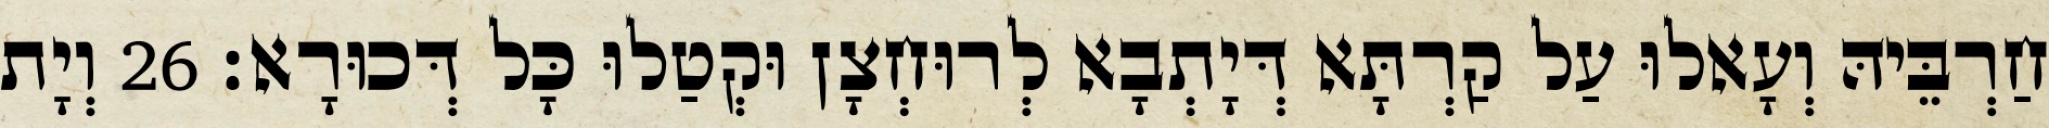
חַרְבֵּיהּ וְעָאלוּ עַל קַרְתָּא דְּיָתְבָא לְרוּחְצָן וּקְטַלוּ כָּל דְּכוּרָא׃ 26 וְיָת